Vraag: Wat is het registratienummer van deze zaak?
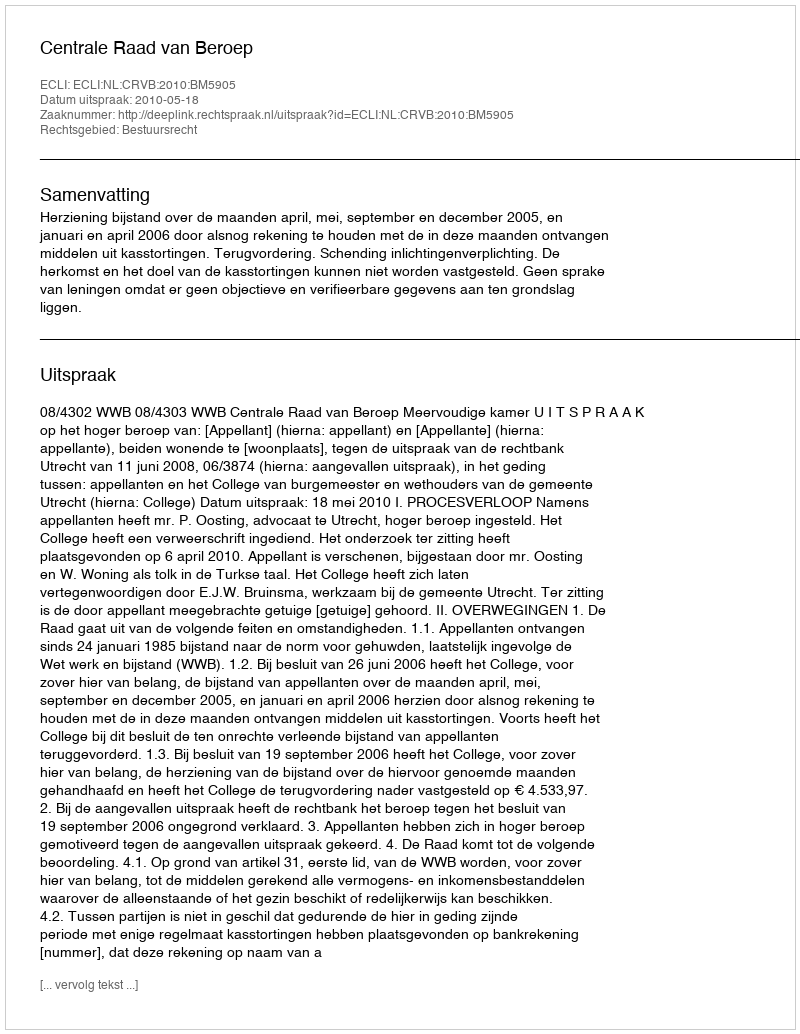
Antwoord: http://deeplink.rechtspraak.nl/uitspraak?id=ECLI:NL:CRVB:2010:BM5905